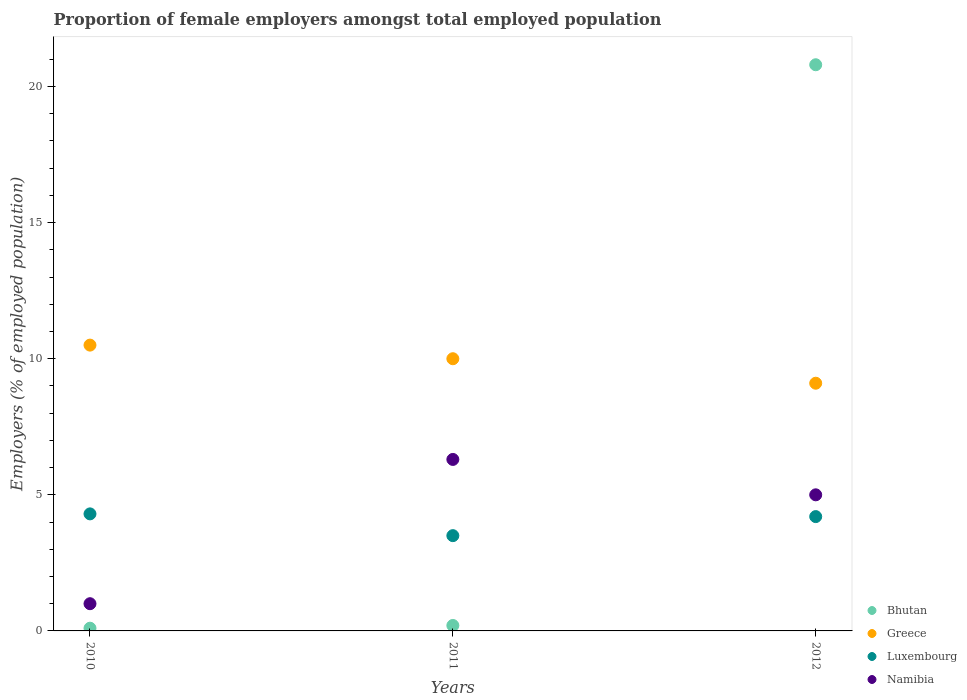
| Years | Bhutan | Greece | Luxembourg | Namibia |
 | --- | --- | --- | --- | --- |
 | 2010 | 0.1 | 10.5 | 4.3 | 1 |
 | 2011 | 0.2 | 10 | 3.5 | 6.3 |
 | 2012 | 20.8 | 9.1 | 4.2 | 5 |